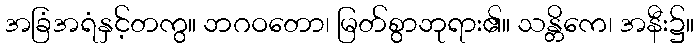
အခြံအရံနှင့်တကွ။ ဘဂဝတော၊ မြတ်စွာဘုရား၏။ သန္တိကေ၊ အနီး၌။